Ministerio: exteriores — Archivo: AGMAE-R39017
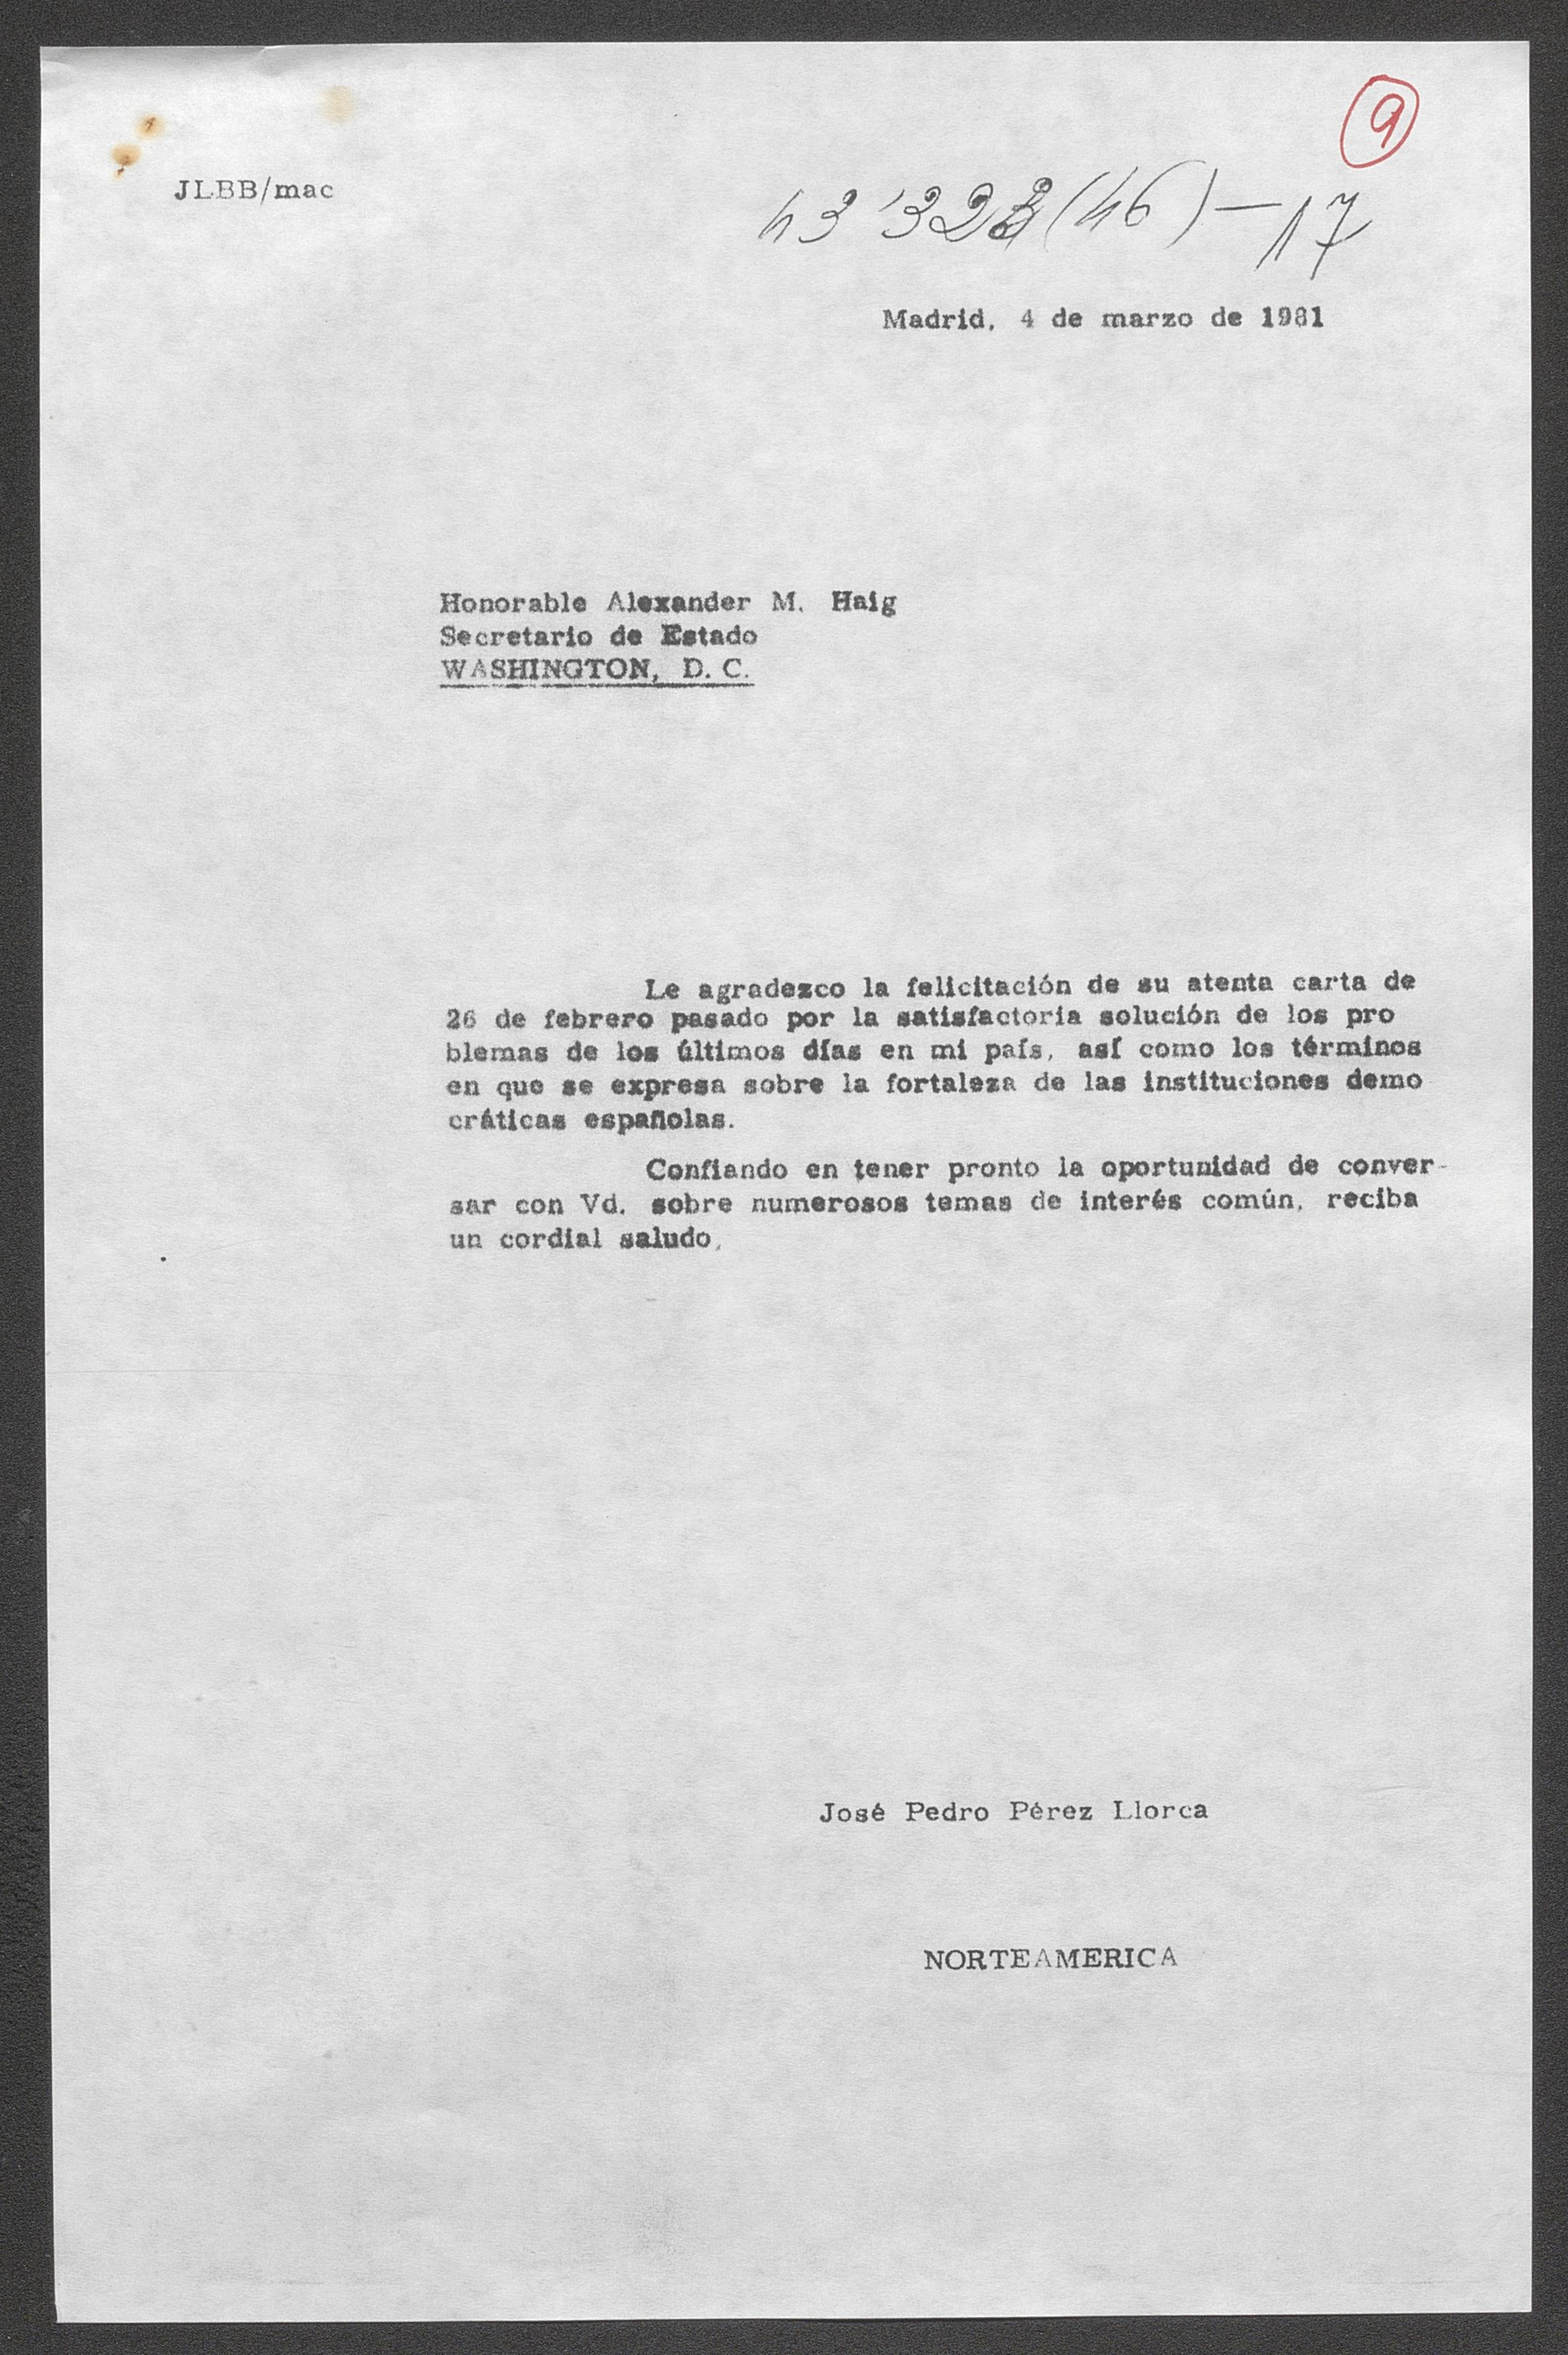
JLBB/mac

63 1998(46) - 17

Madrid, 4 de marzo de 1981

Honorable Alexander M. Haig
Secretario de Estado
WASHINGTON, D. C.

José Pedro Pérez Llorca